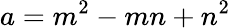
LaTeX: a=m^{2}-mn+n^{2}